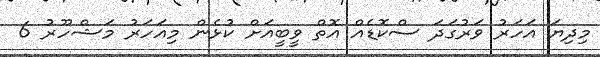
މިދިޔަ އަހަރު ވަރުގަދަ ސްކޮޑެއް އޮތް ވީބީއަށް ކުޅެން މިއަހަރު މަޝްހޫރު 6